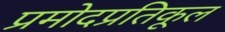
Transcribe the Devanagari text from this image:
प्रमोदप्रतिकूल